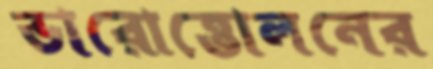
ভারোত্তোলনের